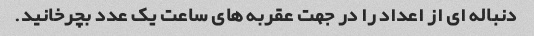
دنباله ای از اعداد را در جهت عقربه های ساعت یک عدد بچرخانید.